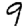
Digit: 9